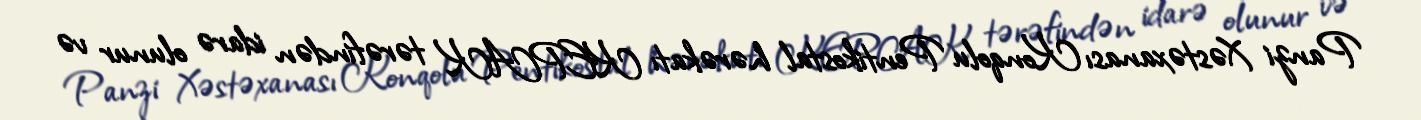
Panzi Xəstəxanası Konqolu Pentikostal hərəkatı KEPAK tərəfindən idarə olunur və